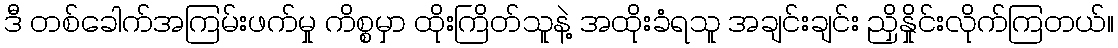
ဒီ တစ်ခေါက်အကြမ်းဖက်မှု ကိစ္စမှာ ထိုးကြိတ်သူနဲ့ အထိုးခံရသူ အချင်းချင်း ညှိနှိုင်းလိုက်ကြတယ်။